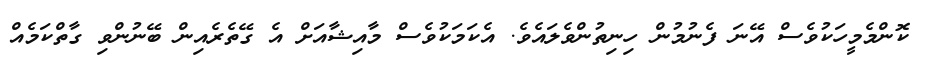
ކޮންމެމީހަކުވެސް އޭނަ ފެނުމުން ހިނިތުންވެލައެވެ. އެކަމަކުވެސް މާއިޝާއަށް އެ ގޭތެރެއިން ބޭނުންވި ގާތްކަމެއް